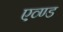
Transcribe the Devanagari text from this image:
एव्ण्ड